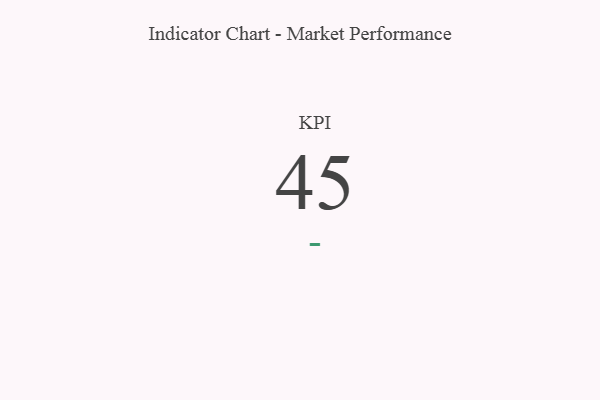
{"axis": {"x": "KPI", "y": "Value"}, "legend": [""], "data": [{"x": "KPI", "y": 45, "type": ""}]}